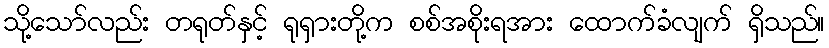
သို့သော်လည်း တရုတ်နှင့် ရုရှားတို့က စစ်အစိုးရအား ထောက်ခံလျက် ရှိသည်။